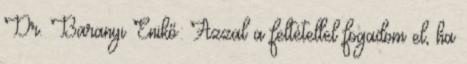
Dr. Baranyi Enikő: Azzal a feltétellel fogadom el, ha